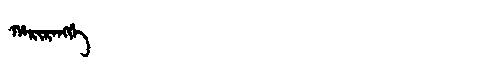
Manchu: ᡥᠠᡵᡳᡵᠠᠩᡤᡝ
Romanization: HARIRANGGE